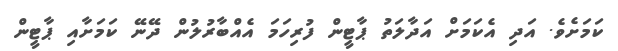
ކަމަށެވެ. އަދި އެކަމަށް އަދާލަތު ޕާޓީން ފުރިހަމަ އެއްބާރުލުން ދޭނޭ ކަމަށާއި ޕާޓީން